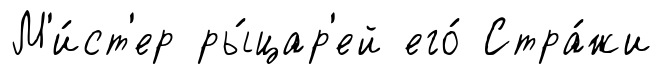
М'и́ст'ер ры́цар'ей его́ Стра́жи